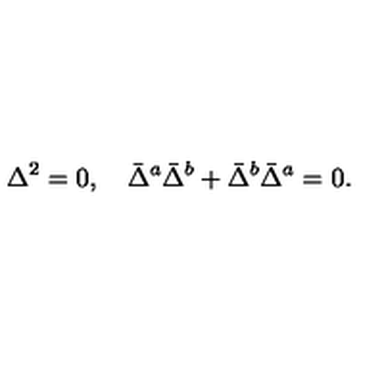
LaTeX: \Delta ^ { 2 } = 0 , \quad \bar { \Delta } ^ { a } \bar { \Delta } ^ { b } + \bar { \Delta } ^ { b } \bar { \Delta } ^ { a } = 0 .